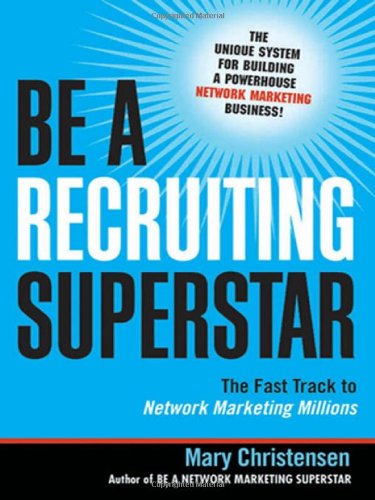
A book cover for Be a Recruiting Superstar: The Fast Track to Network Marketing Millions; Mary Christensen; Business & Money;